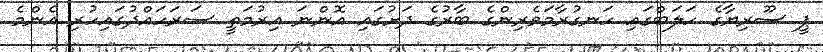
ޕީ ސޫރިޔާގެ ހަލަބްގައި ހަނގުރާމަވެރިންގެ ބާރުގެ ދަށުގައި އޮންނަ އިރުމަތީ ސަރަހައްދުގައިހުރި އެންމެ